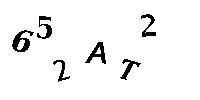
652AT2